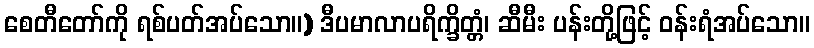
စေတီတော်ကို ရစ်ပတ်အပ်သော။) ဒီပမာလာပရိက္ခိတ္တံ၊ ဆီမီး ပန်းတို့ဖြင့် ဝန်းရံအပ်သော။